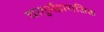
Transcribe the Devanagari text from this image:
चातुर्महाराजिक